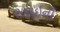
સરાઇની